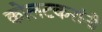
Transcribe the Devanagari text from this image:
कोलटकरांनी